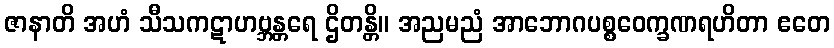
ဇာနာတိ အဟံ သီသကဋာဟဗ္ဘန္တရေ ဌိတန္တိ။ အညမညံ အာဘောဂပစ္စဝေက္ခဏရဟိတာ ဧတေ